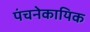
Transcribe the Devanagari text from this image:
पंचनेकायिक